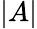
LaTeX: \left|A\right|